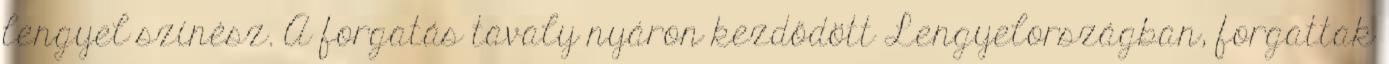
lengyel színész. A forgatás tavaly nyáron kezdődött Lengyelországban, forgattak